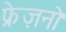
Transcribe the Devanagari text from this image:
फ्रेज़नो